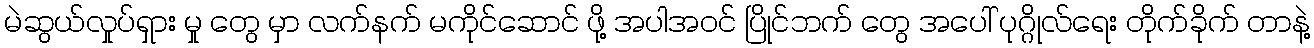
မဲဆွယ်လှုပ်ရှား မှု တွေ မှာ လက်နက် မကိုင်ဆောင် ဖို့ အပါအဝင် ပြိုင်ဘက် တွေ အပေါ် ပုဂ္ဂိုလ်ရေး တိုက်ခိုက် တာနဲ့